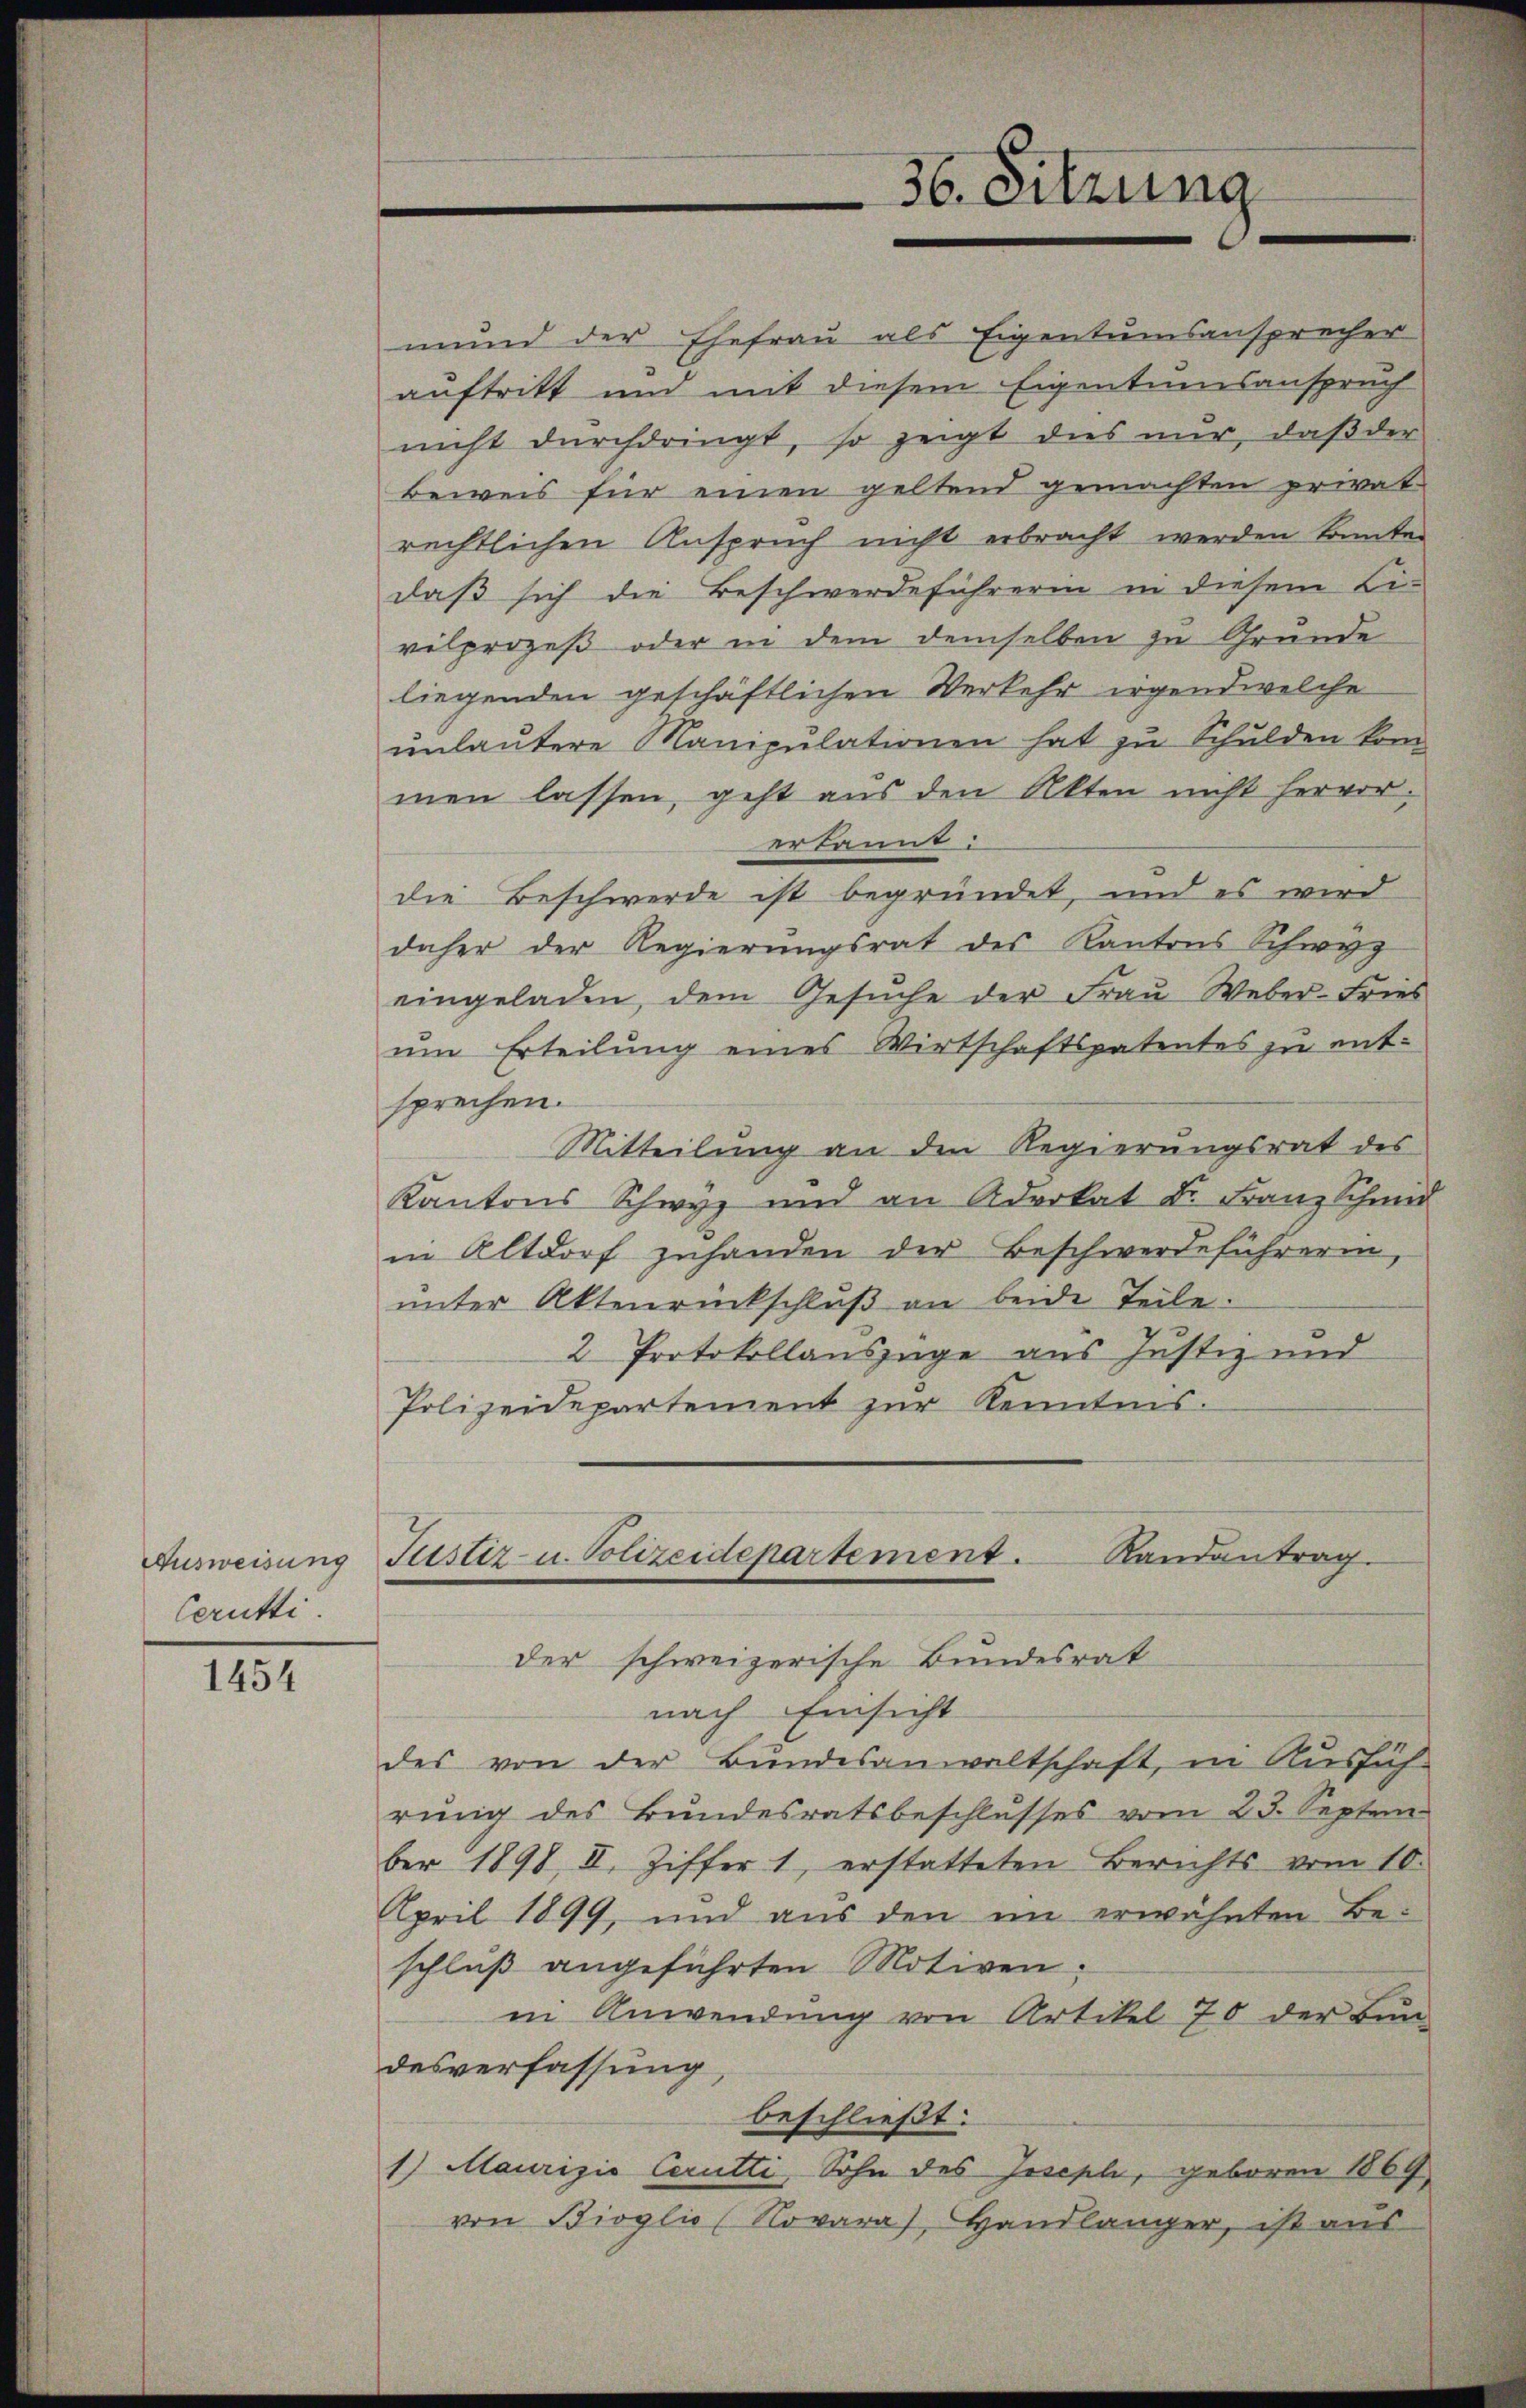
Ausweisung
Cerutti.

1454

mund der Ehefrau als Eigentumsansprecher
auftritt und mit diesem Eigentumsanspruch
nicht dŭrchdringt, so zeigt dies nur, daβ der
beweis für einen geltend gemachten privat
rechtlichen Anspruch nicht erbracht werden konnte.
daß sich die Beschwerdeführerin in diesem Li-
vilprozeß oder in dem demselben zu Grunde
liegenden geschäftlichen Verkehr irgendwelche
ŭnlaŭtere Manipulationen hat zu Schulden kom
men lassen, geht aus den Akten nicht hervor.
erkannt.
die Beschwerde ist begründet, und es wird
daher der Regierungsrat des Kantons Schwyz
eingeladen, dem Gesŭche der Frau Weber-Fries
um Erteilung eines Wirtschaftspatentes zu ent-
sprechen.
Mitteilung an den Regierungsrat des
Kantons Schwyz und an Advokat Dr. Franz Schmid
in Altdorf zuhanden der Beschwerdeführerin
unter Aktenrückschluß an beide Teile.
2 Protokollauszüge aus Justiz und
Polizeidepartement zur Kenntnis.
Justiz- u. Polizeidepartement. Randantrag.
der schweizerische Bundesrat
nach Einsicht
des von der Bundesanwaltschaft, in Ausfüh-
rŭng des Bŭndesratsbeschlŭsses vom 23. Septem
ber 1898, II. Ziffer 1, erstatteten Berichts vom 10.
April 1899, und aŭs den im erwähnten Be-
schluß angeführten Motiven.
in Anwendung von Artikel 70 der Bun-
desverfassung
beschließt:
1) Maurizio Cerutti, Sohn des Joseph, geboren 1869
von Bioglio (Novara), Handlänger, ist aus

36. Sitzung